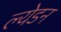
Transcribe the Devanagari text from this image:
ल्येडन